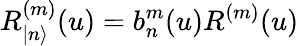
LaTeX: R_{|n\rangle}^{(m)}(u)=b_{n}^{m}(u)R^{(m)}(u)